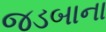
જડબાના